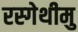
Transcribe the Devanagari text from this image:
रस्गेथीमु